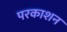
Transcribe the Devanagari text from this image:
परकाशन